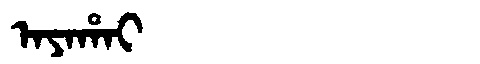
Manchu: ᠠᠶᠠᡥᠠᡳ
Romanization: AYAHAI